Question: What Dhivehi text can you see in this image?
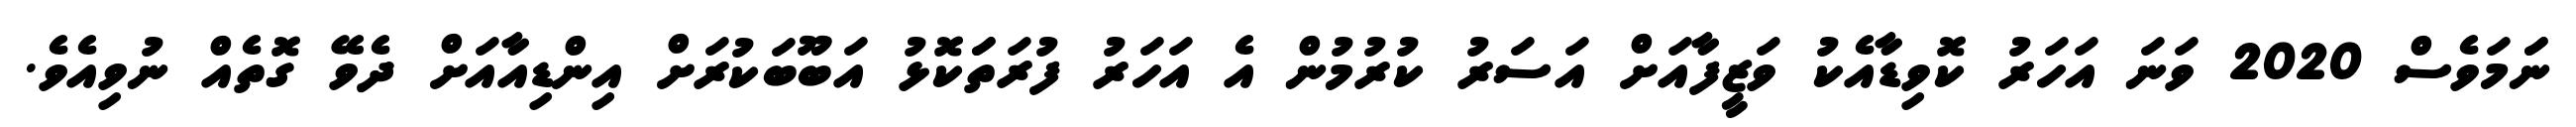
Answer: ނަަމަވެސް 2020 ވަނަ އަހަރު ކޮވިޑާއެކު ވަޒީފާއަށް އަސަރު ކުރުމުން އެ އަހަރު ފުރަތަަކޮޅު އަބޫބަކުރަށް އިންޑިއާއަށް ދެވޭ ގޮތެއް ނުވިއެވެ.